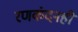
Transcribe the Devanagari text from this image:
रणकंदनही